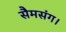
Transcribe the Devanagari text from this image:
सैमसंग।